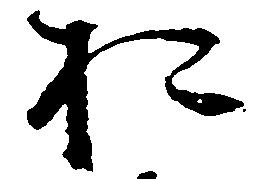
於